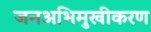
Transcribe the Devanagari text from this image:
जनअभिमुखीकरण